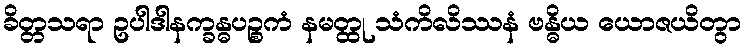
ခိတ္တသရာ ဥပါဒါနက္ခန္ဓပဉ္စကံ နမတ္ထု သံကိလိဿနံ ဗန္ဓိယ ယောဇယိတွာ